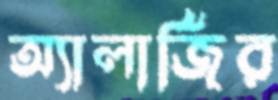
অ্যালার্জির